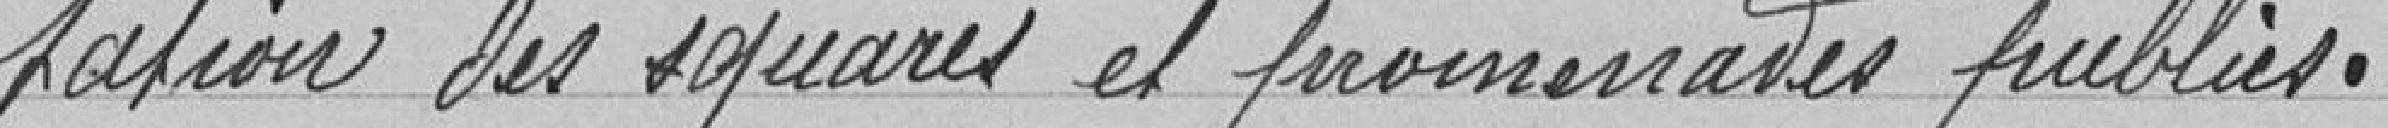
tation des squares et promenades publics